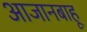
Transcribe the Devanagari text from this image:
आजानबाहू